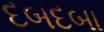
દબદબા